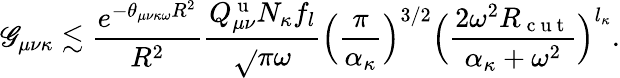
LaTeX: \mathscr{G}_{\mu\nu\kappa}\lesssim\frac{{e^{-\theta_{\mu\nu\kappa\omega}R^{2}}}}{{R^{2}}}\frac{{Q_{\mu\nu}^{\mathrm{{~u~}}}N_{\kappa}f_{l}}}{{\sqrt{}{{\pi}}\omega}}\Big(\frac{{\pi}}{{\alpha_{\kappa}}}\Big)^{3/2}\Big(\frac{{2\omega^{2}R_{\mathrm{{~c~u~t~}}}}}{{\alpha_{\kappa}+\omega^{2}}}\Big)^{l_{\kappa}}.